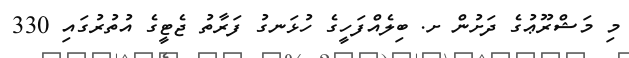
މި މަޝްރޫޢުގެ ދަށުން ށ. ބިލެއްފަހީގެ ހުޅަނގު ފަރާތު ޖެޓީގެ އުތުރުގައި 330